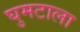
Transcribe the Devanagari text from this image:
घुमटाला